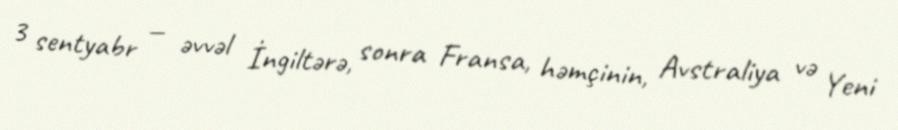
3 sentyabr — əvvəl İngiltərə, sonra Fransa, həmçinin, Avstraliya və Yeni